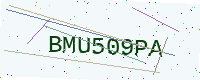
Text: BMU509PA